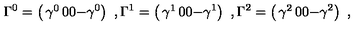
\Gamma ^ { 0 } = \left( \begin{matrix} { \gamma ^ { 0 } } & { 0 } \\ { 0 } & { - \gamma ^ { 0 } } \\ \end{matrix} \right) \ , \Gamma ^ { 1 } = \left( \begin{matrix} { \gamma ^ { 1 } } & { 0 } \\ { 0 } & { - \gamma ^ { 1 } } \\ \end{matrix} \right) \ , \Gamma ^ { 2 } = \left( \begin{matrix} { \gamma ^ { 2 } } & { 0 } \\ { 0 } & { - \gamma ^ { 2 } } \\ \end{matrix} \right) \ ,